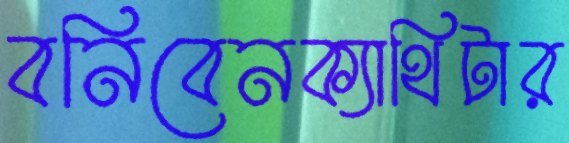
বনিবেনক্যাথিটার